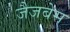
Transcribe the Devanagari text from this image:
जैजबेस